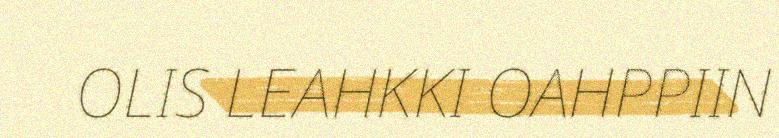
OLIS LEAHKKI OAHPPIIN